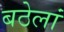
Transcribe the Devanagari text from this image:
बठेलां